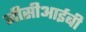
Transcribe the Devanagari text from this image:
जीसीआईबी